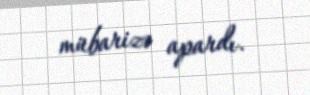
mübarizə apardı.